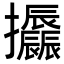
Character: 𢺪